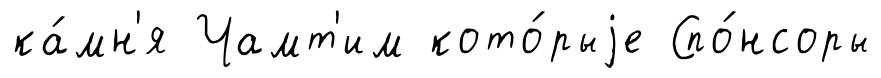
ка́мн'я Чамт'им кото́рыjе Спо́нсоры